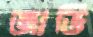
জাভি